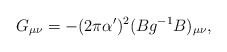
\begin{align*} G_{\mu\nu}=-(2\pi\alpha')^2(Bg^{-1}B)_{\mu\nu},\end{align*}